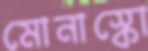
মোনাস্কো